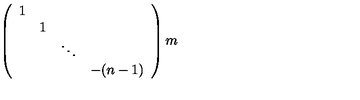
\left( \begin{array} { c c c c } { 1 } & { } & { } & { } \\ { } & { 1 } & { } & { } \\ { } & { } & { \ddots } & { } \\ { } & { } & { } & { - ( n - 1 ) } \\ \end{array} \right) m